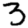
Digit: 3